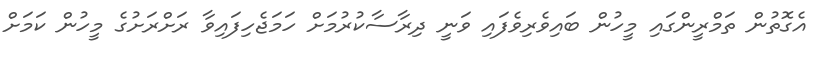
އެގޮތުން ތަމްރީންގައި މީހުން ބައިވެރިވެފައި ވަނީ ދިރާސާކުރުމަށް ހަމަޖެހިފައިވާ ރަށްރަށުގެ މީހުން ކަމަށް